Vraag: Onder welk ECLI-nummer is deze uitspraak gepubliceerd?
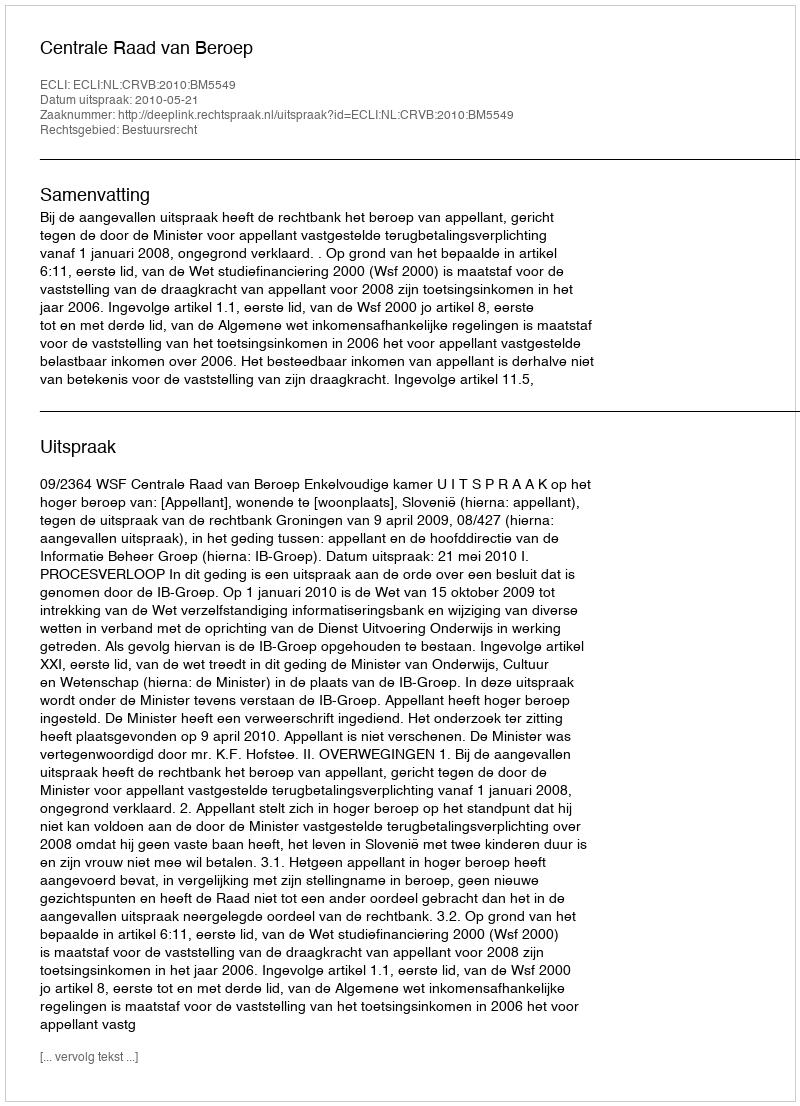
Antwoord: ECLI:NL:CRVB:2010:BM5549